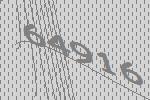
64916